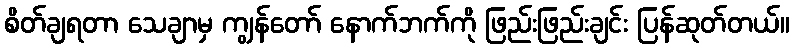
စိတ်ချရတာ သေချာမှ ကျွန်တော် နောက်ဘက်ကို ဖြည်းဖြည်းချင်း ပြန်ဆုတ်တယ်။